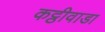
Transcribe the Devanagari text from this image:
कट्ठीवाडा